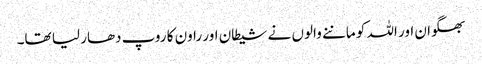
بھگوان اور اللہ کو ماننے والوں نے شیطان اور راون کا روپ دھار لیا تھا۔